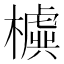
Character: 𣝛